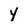
Character: Y